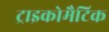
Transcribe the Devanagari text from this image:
ट्राइकोमैटिक